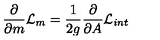
\frac { \partial } { { \partial } m } { \cal { L } } _ { m } = \frac { 1 } { 2 g } \frac { \partial } { \partial A } { \cal { L } } _ { i n t }